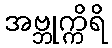
အဗ္ဘုက္ကိရိ